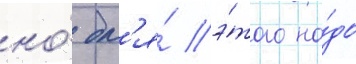
но́ дл'я́ э́того на́до